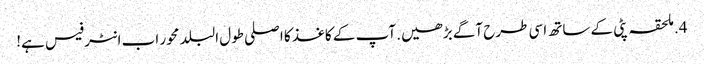
4. ملحقہ پٹی کے ساتھ اسی طرح آگے بڑھیں. آپ کے کاغذ کا اصلی طول البلد محور اب انٹرفیس ہے!